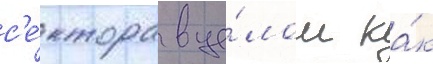
с'е́ктора в це́лом ка́к